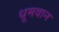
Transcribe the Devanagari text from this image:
धूमवान